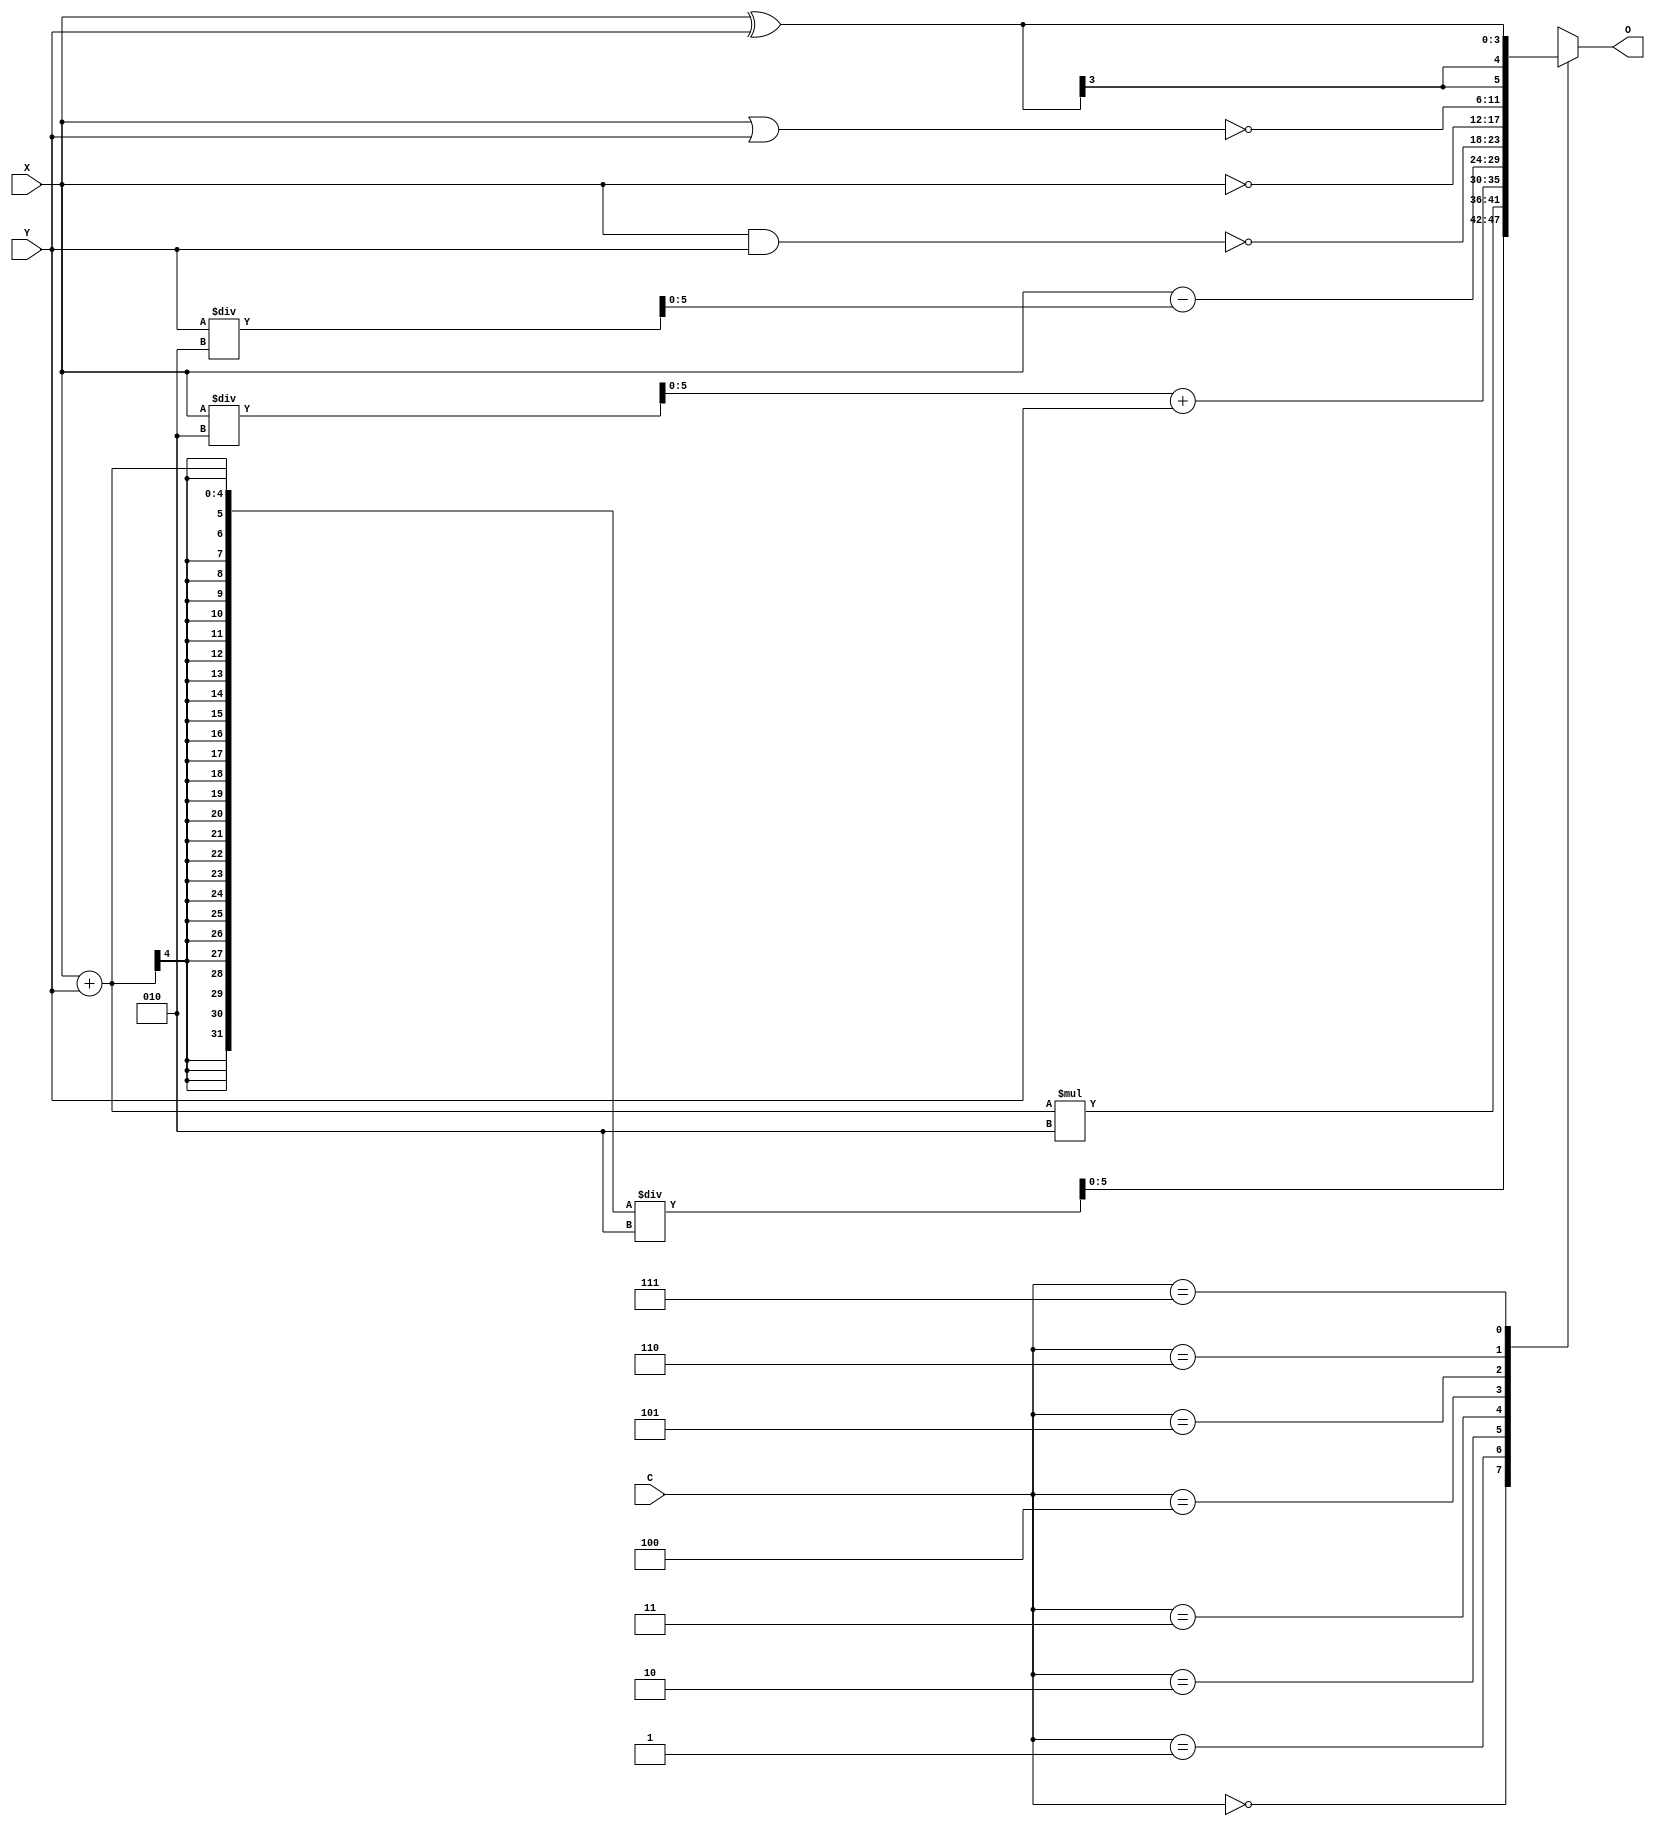
module ALU_Beha_1210708 #(parameter n =4) ( input signed [n-1:0] X ,Y,
											input  [2:0] C,
											output reg signed [n+1:0] O);
											
																					
always @(*) begin
    case (C) //make a specific operation based on the selection
      3'b000: O= (X + Y)/2;
      3'b001: O = (X + Y )*2;
      3'b010: O = (X/2)+Y;
      3'b011: O = X - (Y/2);
      3'b100: O = ~(X & Y);
      3'b101: O = ~X;
      3'b110: O =~(X | Y);
      3'b111: O = X ^ Y;
    endcase
  end

endmodule